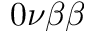
0 \nu \beta \beta